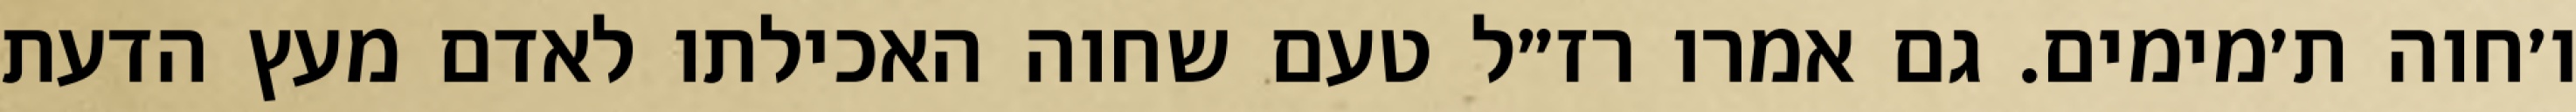
ו׳חוה ת׳מימים. גם אמרו רז״ל טעם שחוה האכילתו לאדם מעץ הדעת